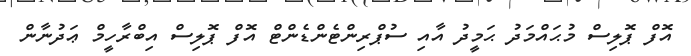
އޮފް ޕޮލިސް މުޙައްމަދު ޙަމީދު އާއި ސުޕްރިންޓެންޑެންޓް އޮފް ޕޮލިސް އިބްރާހީމް ޢަދުނާން